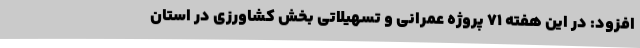
افزود: در این هفته 71 پروژه عمرانی و تسهیلاتی بخش کشاورزی در استان